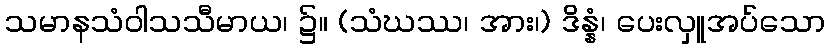
သမာနသံဝါသသီမာယ၊ ၌။ (သံဃဿ၊ အား၊) ဒိန္နံ၊ ပေးလှူအပ်သော